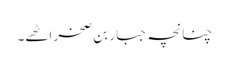
چنانچہ جبار بن صخر اٹھے۔